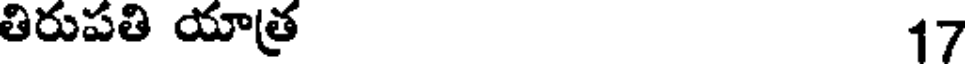
తిరుపతి యాత్ర 17